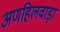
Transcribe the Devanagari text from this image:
अणहिलवाड़ा